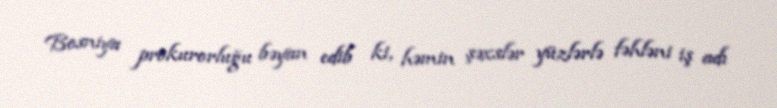
Bosniya prokurorluğu bəyan edib ki, həmin şəxslər yüzlərlə fəhləni iş adı